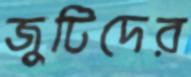
জুটিদের